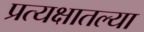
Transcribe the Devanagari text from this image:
प्रत्यक्षातल्या